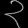
Digit: ၃